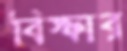
বিস্ফার